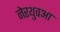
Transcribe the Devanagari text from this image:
नेरथुवआ